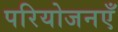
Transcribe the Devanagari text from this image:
परियोजनएँ